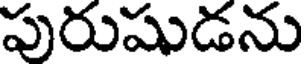
పురుషుడను